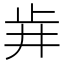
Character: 𣥟